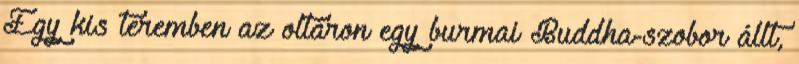
Egy kis teremben az oltáron egy burmai Buddha-szobor állt,